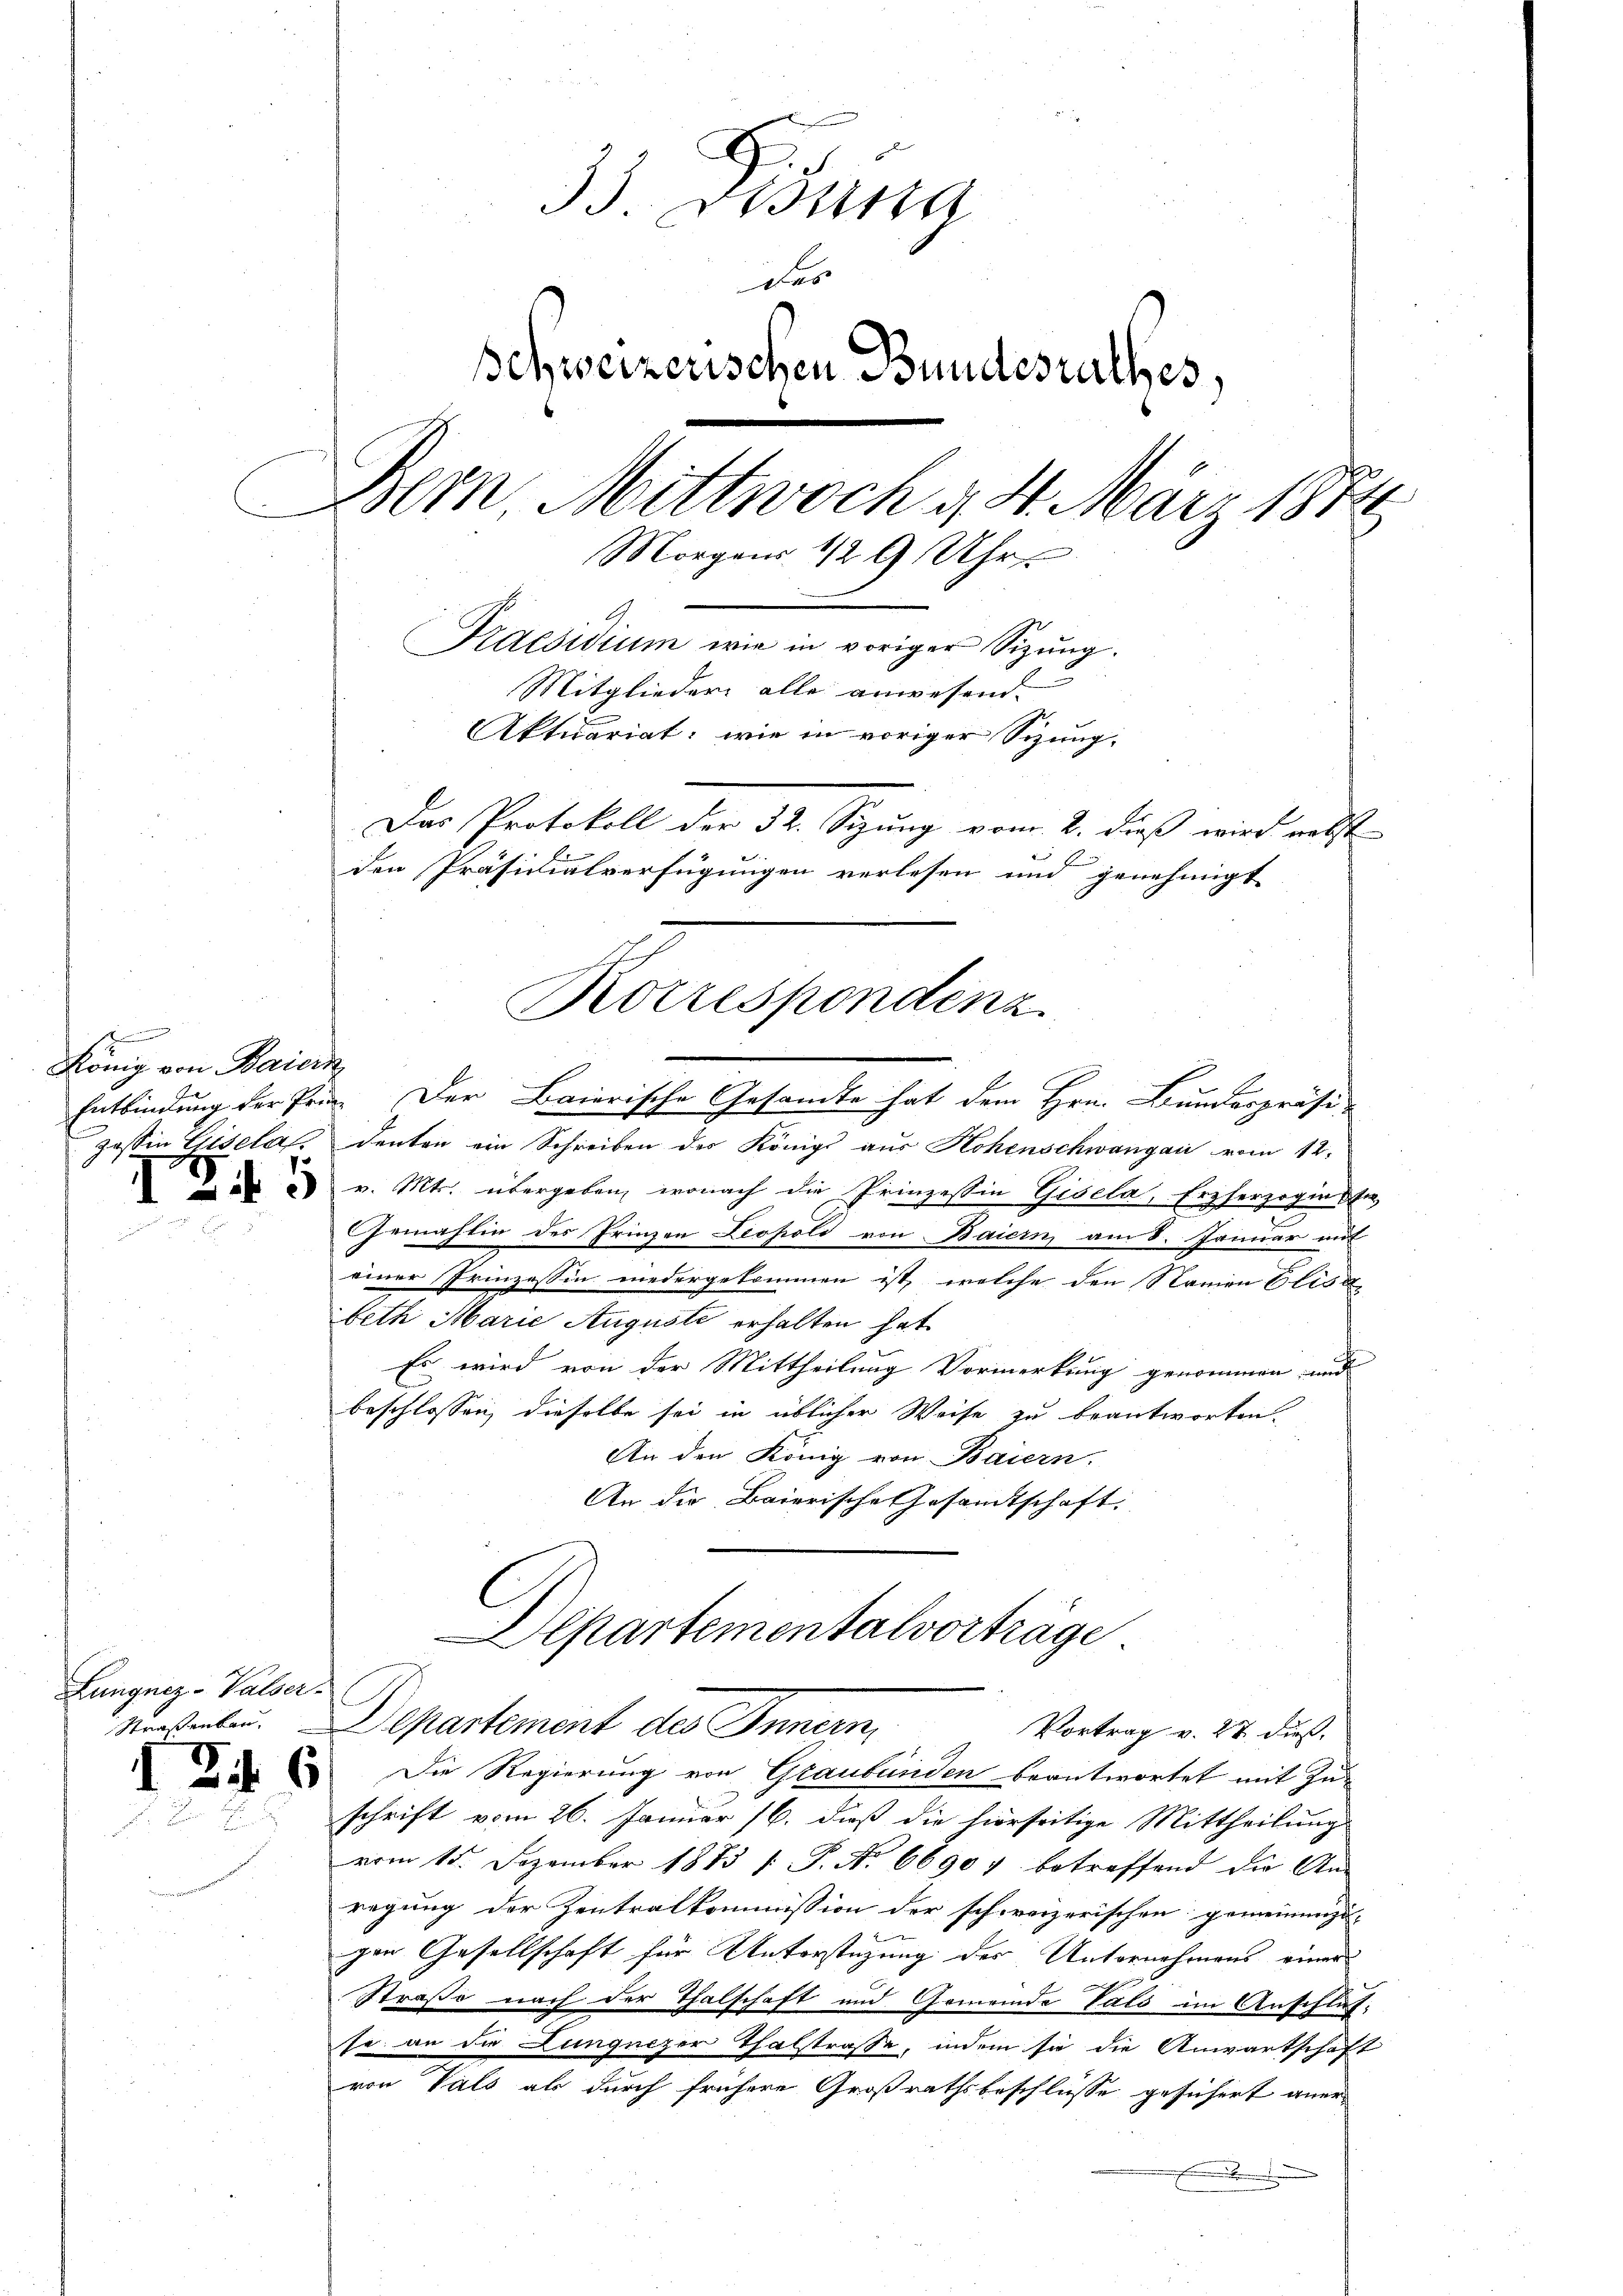
s
König von Baiern

Lungnez-Valser

)

f

33. Disena
das
Schweizerischen Bundesrathes,
Dem Mittwoch g 4. März 1874
Morgens 129 Uhr
Praesidium wie in voriger Sizung.
Mitglieder alle anwesend.
Aktuariat, wie in voriger Sizung-
Das Protokoll der 32. Sizung vom 2. dieß wird nebst
den Präsidialverfügungen verlesen und genehmigt

Entbindung der Prim. Der Baierische Gesandte hat dem Hrn. Bundespräsi-
Jassin Lisela, deuten ein Schreiben der Königl aus Hohenschwangau vom 12.
 v. Mts. übergeben, wonach die Prinzessin Gisela, Erzherzogin de
Gemahlin des Prinzen Leopold von Baiern am 8. Januar mit
einer Prinzessin niedergekommen ist, welche den Streien Elisa
beth Marie Auguste erhalten hat.
Es wird von der Mittheilung Vormerkung genommen und
beschlossen, dieselbe sei in üblicher Weise zu beantworten.
An den König von Baiern.
An die Baierische Gesandtschaft.
Departementalvorträge.
Meesenten. Departement des Innern,
Vortrag v. 27. dieß,
Die Regierung von Graubünden beantwortet mit Zuschrift vom 26. Januar 16. dieß die hierseitige Mittheilung
vom 15. Dezember 1873 /: P. No 66907 betreffend die An-
regung der Zentralkommission der schweizerischen gemeinenzi
gen Gesellschaft für Unterstüzung des Unternehmens einer
Straße nach der Thalschaft und Gemeinde Vals im Anschlusse an die Lunguczer Thalstraße, indem sie die Anwartschaft
von Vals als durch frühere Großrathsbeschlüsse gesichert aner
.

Zif. 6

Rotrespondenz